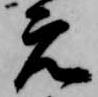
元